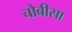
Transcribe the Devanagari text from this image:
चौबीसा